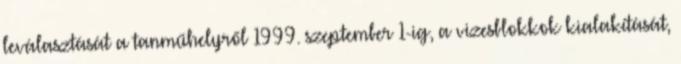
leválasztását a tanműhelyről 1999. szeptember 1-ig, a vizesblokkok kialakítását,